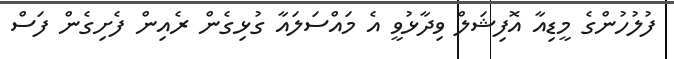
ފުލުހުންގެ މީޑިއާ އޮފިޝަލް ވިދާޅުވީ އެ މައްސަލައާ ގުޅިގެން ރެއިން ފެށިގެން ފަސް